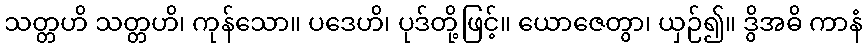
သတ္တဟိ သတ္တဟိ၊ ကုန်သော။ ပဒေဟိ၊ ပုဒ်တို့ဖြင့်။ ယောဇေတွာ၊ ယှဉ်၍။ ဒွိအဓိ ကာနံ